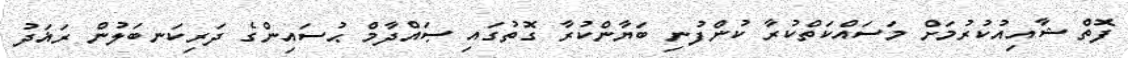
ފޮތް ޝާއިއުކުރުމަށް މަސައްކަތްކުރާ ކުންފުނި ބަޔާންކުރާ ގޮތުގައި ޞައްދާމް ޙުސައިންގެ ދަރިކަނބަލުން ރަޣަދު